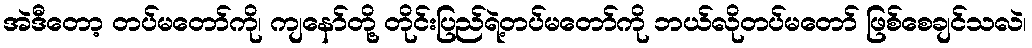
အဲဒီတော့ တပ်မတော်ကို၊ ကျနော်တို့ တိုင်းပြည်ရဲ့တပ်မတော်ကို ဘယ်လိုတပ်မတော် ဖြစ်စေချင်သလဲ၊